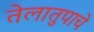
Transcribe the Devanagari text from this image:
तेलातुपाचे